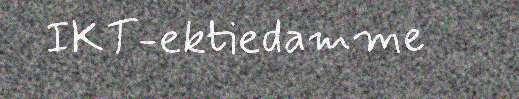
IKT-ektiedamme